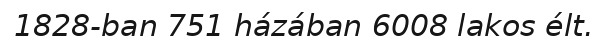
1828-ban 751 házában 6008 lakos élt.